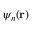
\psi _ { n } ( \mathbf { r } )